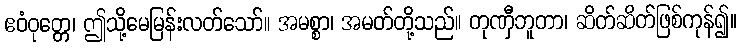
ဧဝံဝုတ္တေ၊ ဤသို့မေမြန်းလတ်သော်။ အမစ္စာ၊ အမတ်တို့သည်။ တုဏှီဘူတာ၊ ဆိတ်ဆိတ်ဖြစ်ကုန်၍။